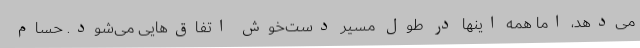
می‌دهد، اما همه اینها در طول مسیر دست‌خوش اتفاق‌هایی می‌شود. حسام